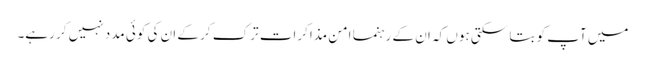
میں آپ کو بتا سکتی ہوں کہ ان کے رہنما امن مذاکرات ترک کر کے ان کی کوئی مدد نہیں کر رہے۔